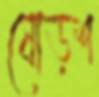
ষোড়শ